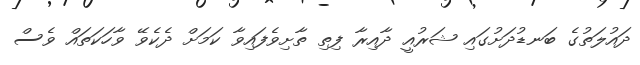
ދައުލަތުގެ ބަނޑުދަށުގައި ޝަރުއީ ދާއިރާ ފިތި ތާށިވެފައިވާ ކަމަށް ދެކެވޭ ވާހަކަތައް ވެސް